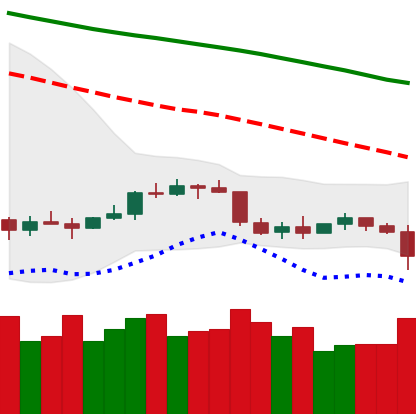
Ticker: ETC-USD
Chart end date: 2022-01-05
Forward return: -11.22%
Label: down_7plus